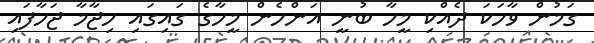
ގަމުން ވާހަކަ ދެއްކި މީހާ ބުނީ އަންހެން މީހާގެ ގައިގައި ހިޖާމާ ޖަހާފައި